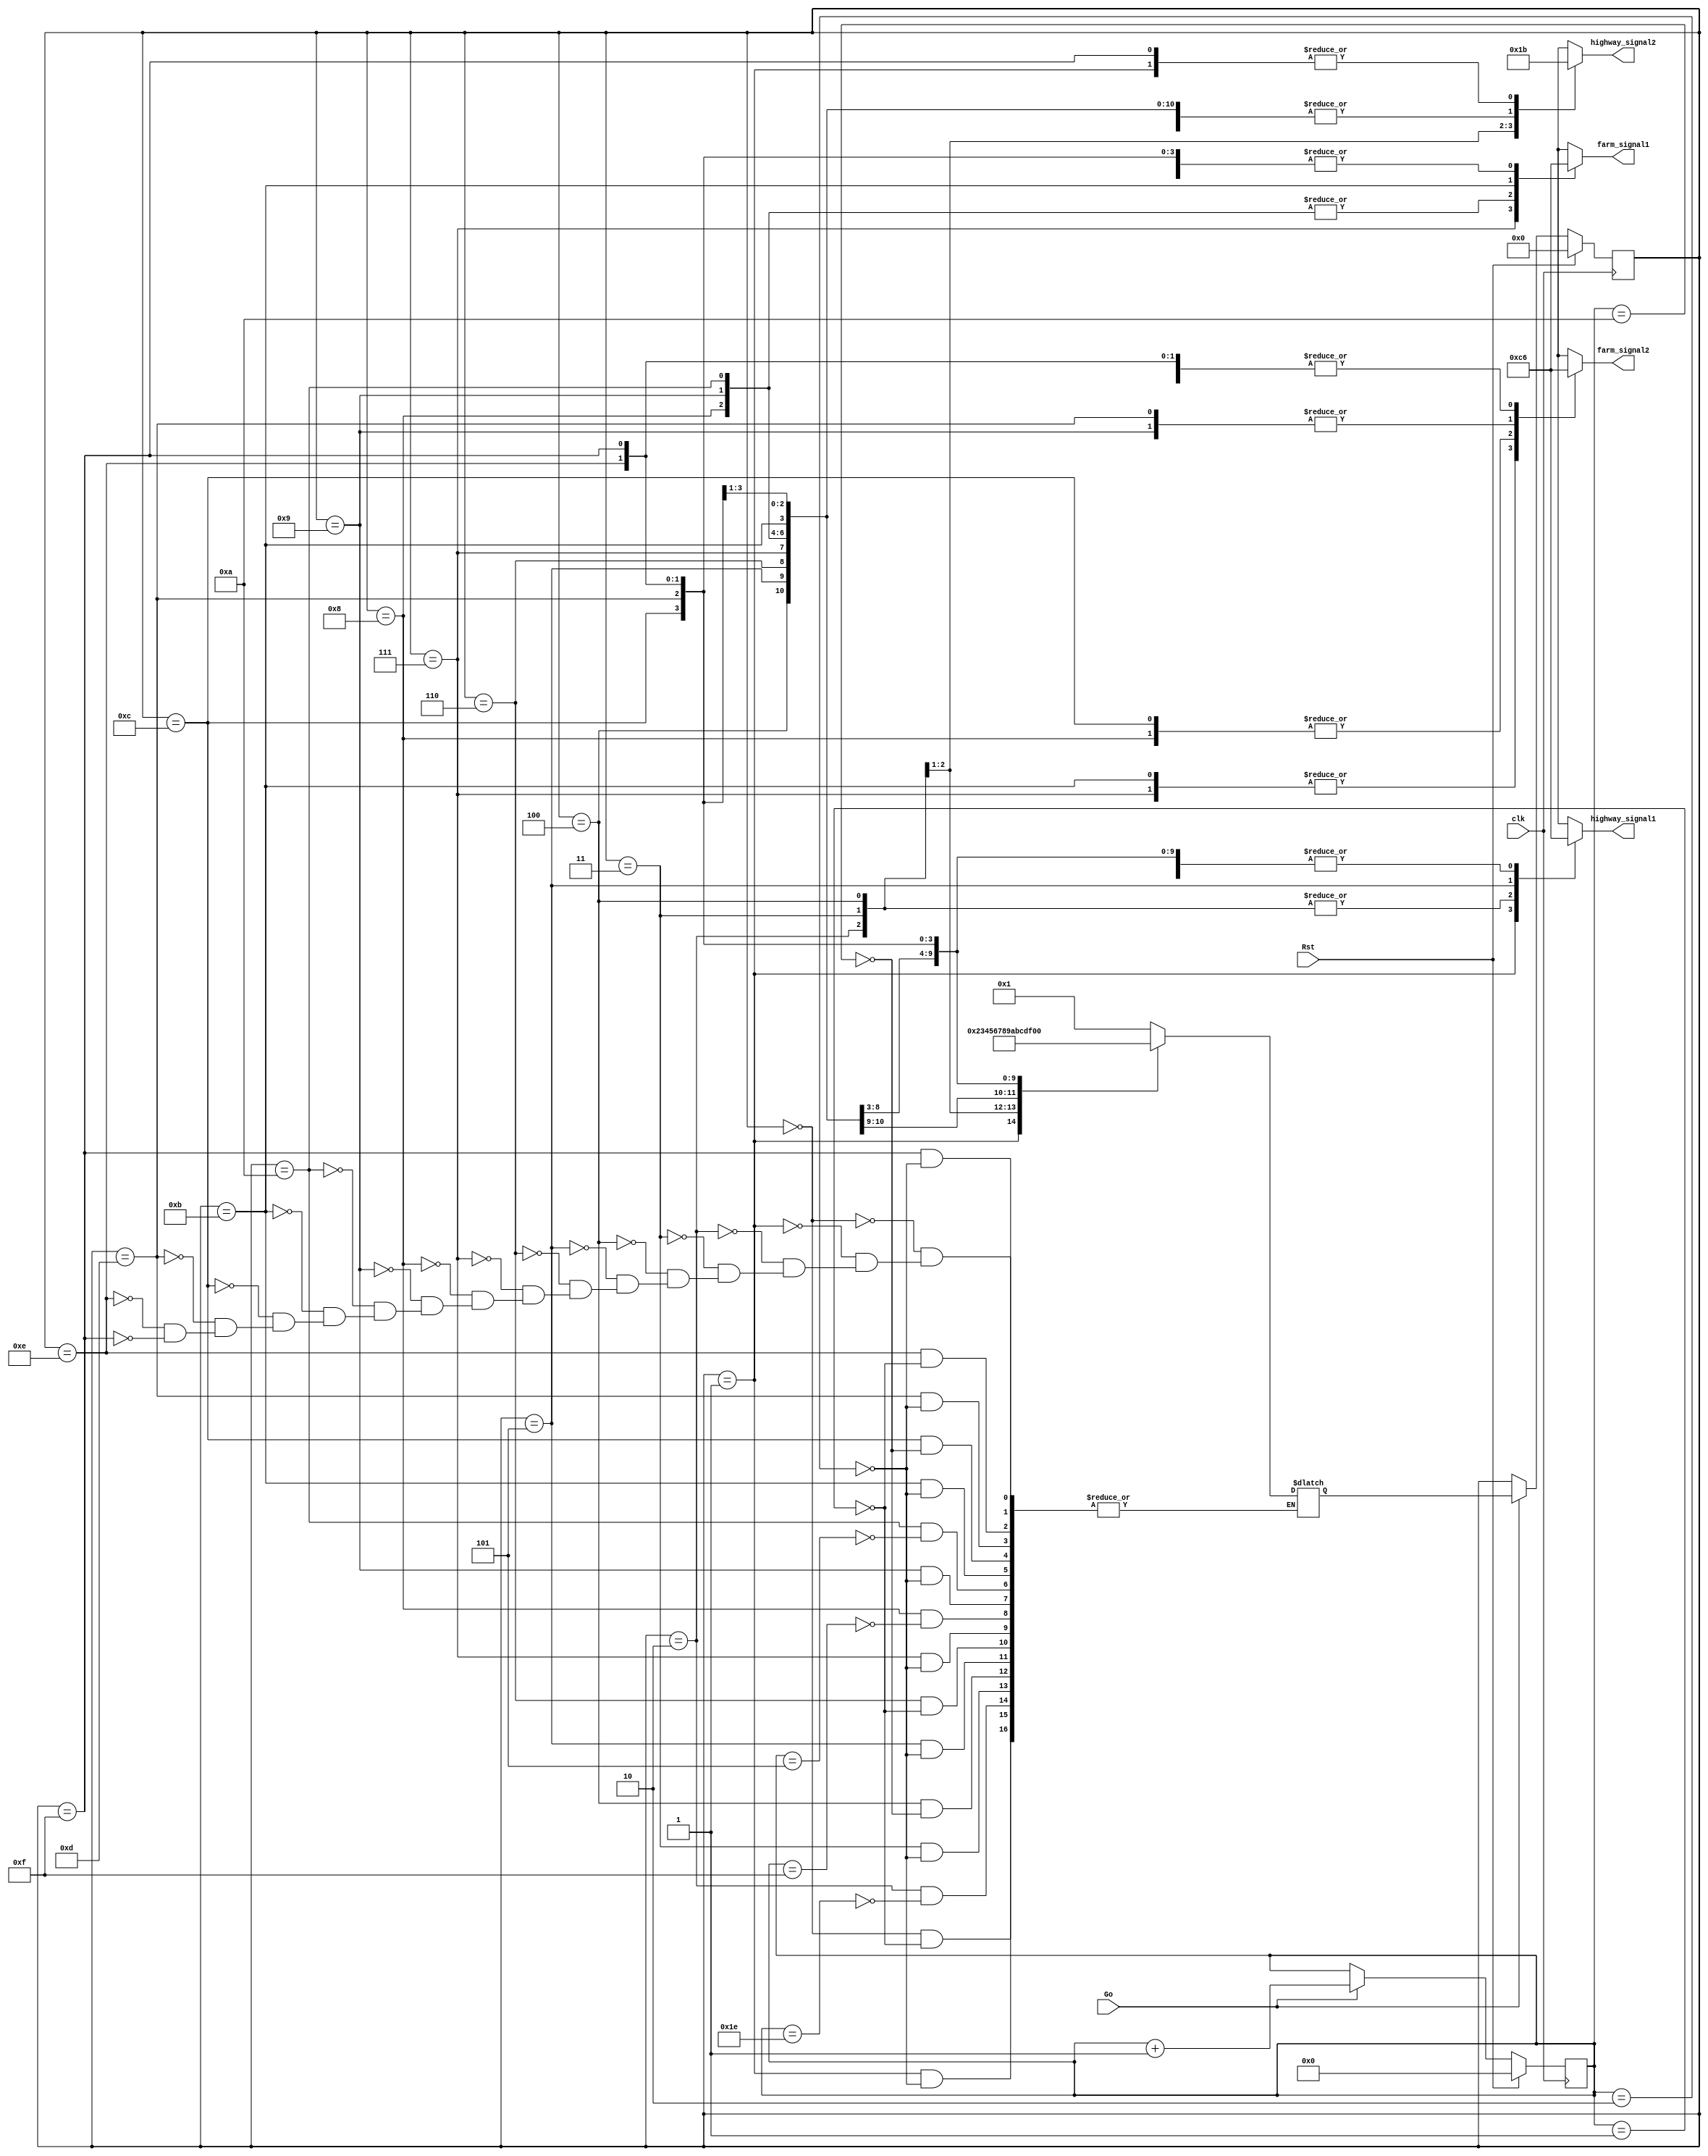
module trafficLights (clk, Rst, Go, highway_signal1, highway_signal2, farm_signal1, farm_signal2);
	
	input clk, Rst, Go;
	output reg [1:0] highway_signal1, highway_signal2,farm_signal1, farm_signal2; 
	reg [3:0] current_state, next_state;
	reg [4:0] counter;
	
	parameter S0 = 4'b0000, S1 = 4'b0001, S2 = 4'b0010, S3 = 4'b0011, S4 = 4'b0100, S5 = 4'b0101, S6 = 4'b0110, S7 = 4'b0111,
				S8 = 4'b1000, S9 = 4'b1001, S10 = 4'b1010, S11 = 4'b1011, S12 = 4'b1100, S13 = 4'b1101, S14 = 4'b1110,
				S15 = 4'b1111, S16 = 4'b10000, S17 = 4'b10001;
	
	always @(posedge clk) begin
		if (Rst) begin
			current_state <= S0;
			counter <= 0;
		end 
		else if (Go) begin
			current_state <= next_state;
			counter <= counter + 1;
		end
	end
	
	always @(current_state, counter) begin
		case (current_state)
		S0: begin
		highway_signal1 <= 2'b10;
		highway_signal2 <= 2'b10;
		farm_signal1 <= 2'b10;
		farm_signal2 <= 2'b10;
		if (counter == 1) next_state <= S1;
		end
		S1: begin
		highway_signal1 <= 2'b11;
		highway_signal2 <= 2'b11;
		farm_signal1 <= 2'b10;
		farm_signal2 <= 2'b10;
		if (counter == 2) next_state <= S2;
		end
		S2: begin
		highway_signal1 <= 2'b00;
		highway_signal2 <= 2'b00;
		farm_signal1 <= 2'b10;
		farm_signal2 <= 2'b10;
		if (counter == 30) next_state <= S3;
		end
		S3: begin
		highway_signal1 <= 2'b00;
		highway_signal2 <= 2'b01;
		farm_signal1 <= 2'b10;
		farm_signal2 <= 2'b10;
		if (counter == 2) next_state <= S4;
		end
		S4: begin
		highway_signal1 <= 2'b00;
		highway_signal2 <= 2'b10;
		farm_signal1 <= 2'b10;
		farm_signal2 <= 2'b10;
		if (counter == 10) next_state <= S5;
		end
		S5: begin
		highway_signal1 <= 2'b01;
		highway_signal2 <= 2'b10;
		farm_signal1 <= 2'b10;
		farm_signal2 <= 2'b10;
		if (counter == 2) next_state <= S6;
		end
		S6: begin
		highway_signal1 <= 2'b10;
		highway_signal2 <= 2'b10;
		farm_signal1 <= 2'b10;
		farm_signal2 <= 2'b10;
		if (counter == 1) next_state <= S7;
		end
		S7: begin
		highway_signal1 <= 2'b10;
		highway_signal2 <= 2'b10;
		farm_signal1 <= 2'b11;
		farm_signal2 <= 2'b11;
		if (counter == 2) next_state <= S8;
		end
		S8: begin
		highway_signal1 <= 2'b10;
		highway_signal2 <= 2'b10;
		farm_signal1 <= 2'b00;
		farm_signal2 <= 2'b00;
		if (counter == 15) next_state <= S9;
		end
		S9: begin
		highway_signal1 <= 2'b10;
		highway_signal2 <= 2'b10;
		farm_signal1 <= 2'b00;
		farm_signal2 <= 2'b01;
		if (counter == 2) next_state <= S10;
		end
		S10: begin
		highway_signal1 <= 2'b10;
		highway_signal2 <= 2'b10;
		farm_signal1 <= 2'b00;
		farm_signal2 <= 2'b10;
		if (counter == 5) next_state <= S11;
		end
		S11: begin
		highway_signal1 <= 2'b10;
		highway_signal2 <= 2'b10;
		farm_signal1 <= 2'b01;
		farm_signal2 <= 2'b11;
		if (counter == 2) next_state <= S12;
		end
		S12: begin
		highway_signal1 <= 2'b10;
		highway_signal2 <= 2'b10;
		farm_signal1 <= 2'b10;
		farm_signal2 <= 2'b00;
		if (counter == 10) next_state <= S13;
		end
		S13: begin
		highway_signal1 <= 2'b10;
		highway_signal2 <= 2'b10;
		farm_signal1 <= 2'b10;
		farm_signal2 <= 2'b01;
		if (counter == 2) next_state <= S14;
		end
		S14: begin
		highway_signal1 <= 2'b10;
		highway_signal2 <= 2'b10;
		farm_signal1 <= 2'b10;
		farm_signal2 <= 2'b10;
		if (counter == 1) next_state <= S15;
		end
		S15: begin
		highway_signal1 <= 2'b10;
		highway_signal2 <= 2'b11;
		farm_signal1 <= 2'b10;
		farm_signal2 <= 2'b10;
		if (counter == 2) next_state <= S16;
		end
		S16: begin
		highway_signal1 <= 2'b00;
		highway_signal2 <= 2'b10;
		farm_signal1 <= 2'b10;
		farm_signal2 <= 2'b10;
		if (counter == 15) next_state <= S17;
		end
		S17: begin
		highway_signal1 <= 2'b01;
		highway_signal2 <= 2'b10;
		farm_signal1 <= 2'b10;
		farm_signal2 <= 2'b10;
		if (counter == 3) next_state <= S0;
		end
		endcase
	end

endmodule
module trafficLights_tb;

	reg clk, Rst, Go;
	wire [1:0] highway_signal1, highway_signal2, farm_signal1, farm_signal2;

	trafficLights dut (clk, Rst, Go, highway_signal1, highway_signal2, farm_signal1, farm_signal2);
	
	always #5 clk = ~clk;
	initial begin
		clk = 0;
		Rst = 1;
		Go = 1;
		#30 Rst = 0;
	end
	
	initial begin
		#100 Rst = 1;
		#30 Rst = 0;
		#200 Go = 0;
		#200 Go = 1;
		#200 Go = 0;
		#200 Go = 1;
		#200 Go = 0;
		#200 Go = 1;
		#200 Go = 0;
		#200 Go = 1;
		#200 Go = 0;
		#200 Go = 1;
		#200 Go = 0;
		#200 Go = 1;
		#200 Go = 0;
		#200 Go = 1;
		#200 Go = 0;
		#200 Go = 1;
		#200 Go = 0;
		#200 Go = 1;
		#200 Go = 0;
	end

endmodule